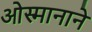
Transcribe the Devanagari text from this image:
ओस्मानाने